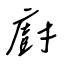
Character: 廚